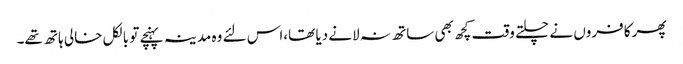
پھر کافروں نے چلتے وقت کچھ بھی ساتھ نہ لانے دیا تھا،اس لئے وہ مدینہ پہنچے تو بالکل خالی ہاتھ تھے۔